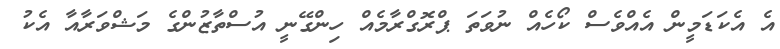
އެ އެކަޑަމީން އެއްވެސް ކޯހެއް ނުވަތަ ޕްރޮގްރާމެއް ހިންގޭނީ އުސްތާޒުންގެ މަޝްވަރާއާ އެކު